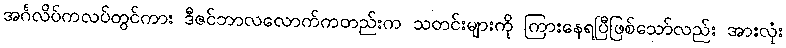
အင်္ဂလိပ်ကလပ်တွင်ကား ဒီဇင်ဘာလလောက်ကတည်းက သတင်းများကို ကြားနေရပြီဖြစ်သော်လည်း အားလုံး